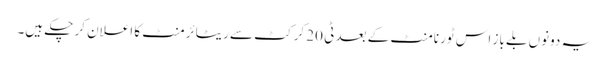
یہ دونوں بلے باز اس ٹورنامنٹ کے بعد ٹی 20 کرکٹ سے ریٹائرمنٹ کا اعلان کر چکے ہیں۔